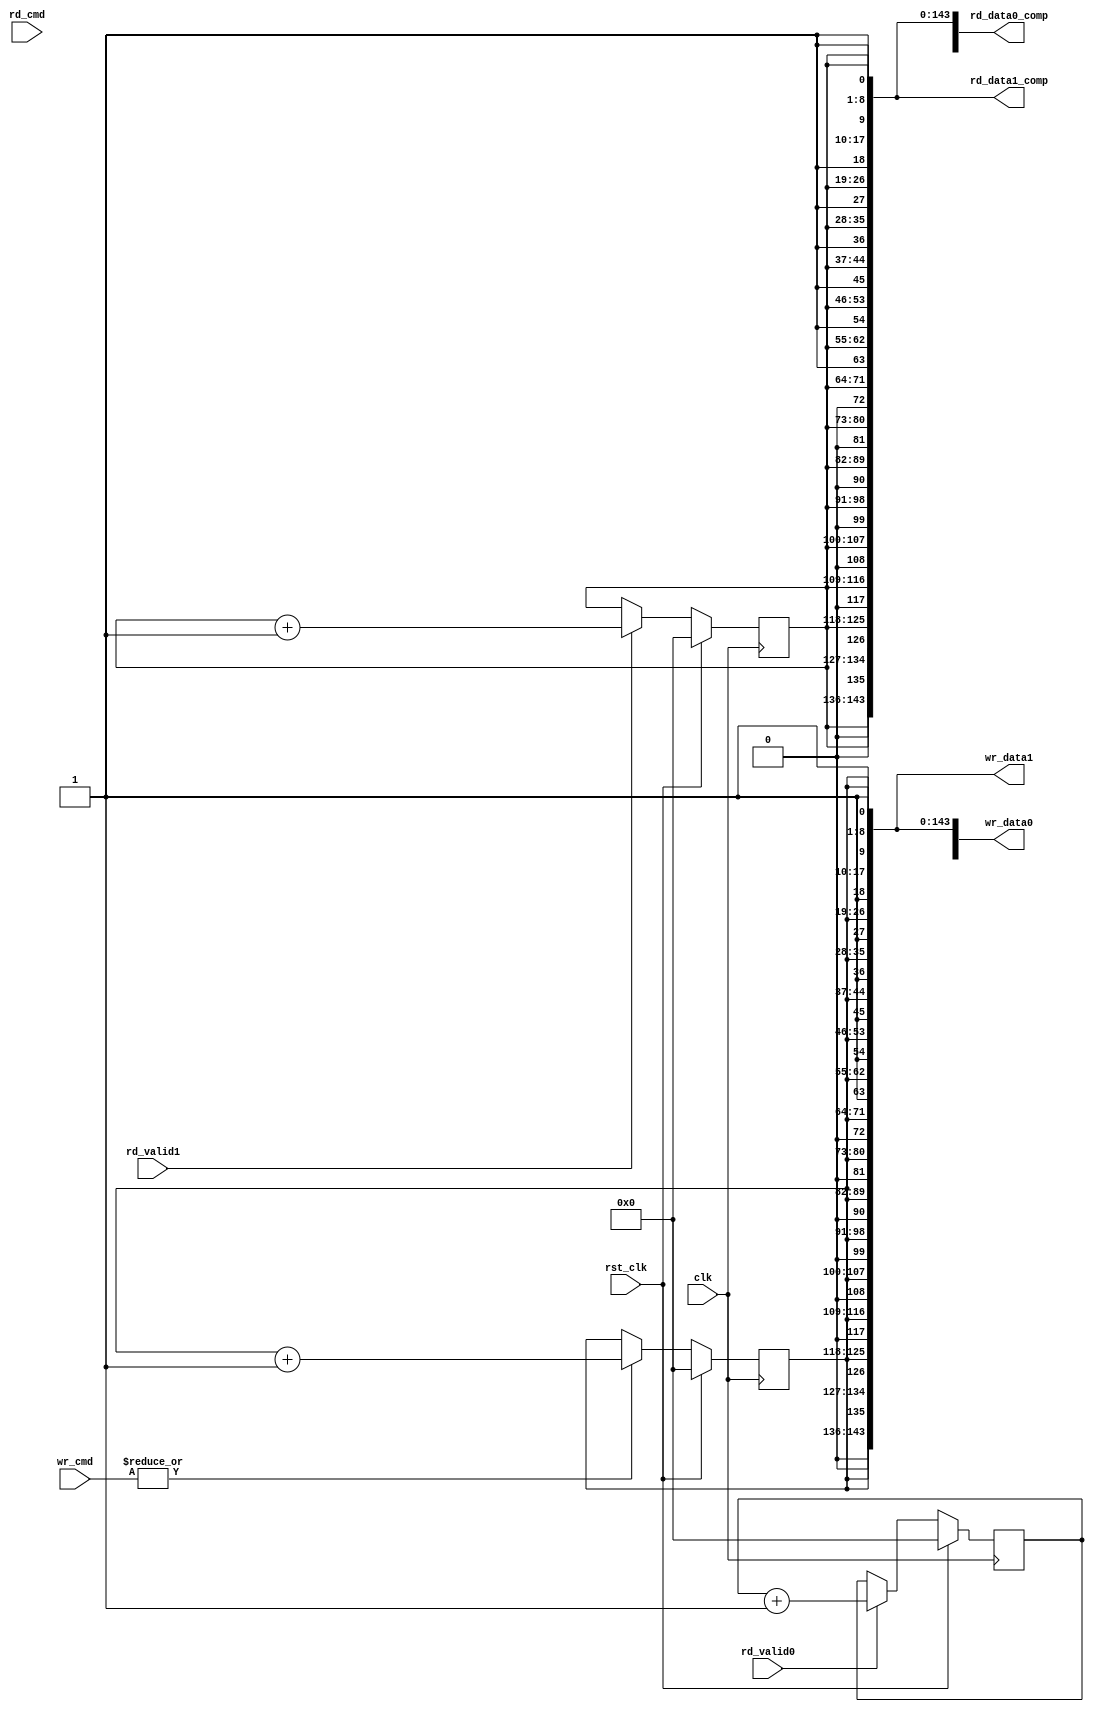
//*****************************************************************************
//(c) Copyright 2009 - 2010 Xilinx, Inc. All rights reserved.
//
// This file contains confidential and proprietary information
// of Xilinx, Inc. and is protected under U.S. and
// international copyright and other intellectual property
// laws.
//
// DISCLAIMER
// This disclaimer is not a license and does not grant any
// rights to the materials distributed herewith. Except as
// otherwise provided in a valid license issued to you by
// Xilinx, and to the maximum extent permitted by applicable
// law: (1) THESE MATERIALS ARE MADE AVAILABLE "AS IS" AND
// WITH ALL FAULTS, AND XILINX HEREBY DISCLAIMS ALL WARRANTIES
// AND CONDITIONS, EXPRESS, IMPLIED, OR STATUTORY, INCLUDING
// BUT NOT LIMITED TO WARRANTIES OF MERCHANTABILITY, NON-
// INFRINGEMENT, OR FITNESS FOR ANY PARTICULAR PURPOSE; and
// (2) Xilinx shall not be liable (whether in contract or tort,
// including negligence, or under any other theory of
// liability) for any loss or damage of any kind or nature
// related to, arising under or in connection with these
// materials, including for any direct, or any indirect,
// special, incidental, or consequential loss or damage
// (including loss of data, profits, goodwill, or any type of
// loss or damage suffered as a result of any action brought
// by a third party) even if such damage or loss was
// reasonably foreseeable or Xilinx had been advised of the
// possibility of the same.
//
// CRITICAL APPLICATIONS
// Xilinx products are not designed or intended to be fail-
// safe, or for use in any application requiring fail-safe
// performance, such as life-support or safety devices or
// systems, Class III medical devices, nuclear facilities,
// applications related to the deployment of airbags, or any
// other applications that could lead to death, personal
// injury, or severe property or environmental damage
// (individually and collectively, "Critical
// Applications"). Customer assumes the sole risk and
// liability of any use of Xilinx products in Critical
// Applications, subject only to applicable laws and
// regulations governing limitations on product liability.
//
// THIS COPYRIGHT NOTICE AND DISCLAIMER MUST BE RETAINED AS
// PART OF THIS FILE AT ALL TIMES.

////////////////////////////////////////////////////////////////////////////////
//   ____  ____
//  /   /\/   /
// /___/  \  /    Vendor             : Xilinx
// \   \   \/     Version            : 3.8
//  \   \         Application        : MIG
//  /   /         Filename           : tb_data_gen.v
// /___/   /\     Date Last Modified : $Date: 2011/05/27 15:51:52 $
// \   \  /  \    Date Created       : Nov 24, 2008
//  \___\/\___\
//
//Device: Virtex-6
//Design: QDRII+ /RLDRAM-II
//
//Purpose:
//    This module
//       1. generates test write data for the memory interface.
//
//Revision History:
//
////////////////////////////////////////////////////////////////////////////////


`timescale 1ps/1ps

module tb_data_gen #(
  parameter DATA_WIDTH = 72,            //Data Width
  parameter BW_WIDTH   = DATA_WIDTH/9,  //Byte Write Width
  parameter BURST_LEN  = 4,             //Burst Length
  parameter TCQ        = 100            //Register Delay
)
(
  //System Signals
  input                                 clk,
  input                                 rst_clk,

  //Read Path Interface
  input                                 rd_valid0,
  input                                 rd_valid1,

  //Write Path Interface
  output [(BURST_LEN*DATA_WIDTH)-1:0]   wr_data0,
  output [(DATA_WIDTH*2)-1:0]           wr_data1,

  //Example Test Bench Interface
  input  [1:0]                          wr_cmd,
  input  [1:0]                          rd_cmd,           
  output [(BURST_LEN*DATA_WIDTH)-1:0]   rd_data0_comp,
  output [(DATA_WIDTH*2)-1:0]           rd_data1_comp
);
   
  reg [7:0] cmp_data_counter0 = 0;
  reg [7:0] cmp_data_counter1 = 0;
  reg [7:0] wr_data_counter   = 0;

  reg  [DATA_WIDTH-1 :0] wr_data0_r;
  reg  [DATA_WIDTH-1 :0] wr_data1_r;
  reg  [DATA_WIDTH-1 :0] wr_data0_2r;
  reg  [DATA_WIDTH-1 :0] wr_data1_2r;

  wire [(DATA_WIDTH*2)-1 :0]  tmp_wr_data0;
  wire [(DATA_WIDTH*2)-1 :0]  tmp_rd_data0_comp;


  always @ (posedge clk)
    begin
      if (rst_clk) begin
        cmp_data_counter0 <=#TCQ 0;
        cmp_data_counter1 <=#TCQ 0;
      end else begin
        if (rd_valid0) 
          cmp_data_counter0 <=#TCQ cmp_data_counter0 + 1;
        if (rd_valid1)
          cmp_data_counter1 <=#TCQ cmp_data_counter1 + 1;
      end
    end

  assign rd_data0_comp = (BURST_LEN == 4) ? {tmp_rd_data0_comp, rd_data1_comp} : tmp_rd_data0_comp;
  assign tmp_rd_data0_comp = {{BW_WIDTH{cmp_data_counter0, 1'b1}}, {BW_WIDTH{cmp_data_counter0, 1'b0}}};
  assign rd_data1_comp = {{BW_WIDTH{cmp_data_counter1, 1'b0}}, {BW_WIDTH{cmp_data_counter1, 1'b1}}};
   
  always @ (posedge clk)
    begin
       if (rst_clk)
         wr_data_counter <=#TCQ 0;
       else if (|wr_cmd)
         wr_data_counter <=#TCQ wr_data_counter + 1;
    end

  assign wr_data0 = (BURST_LEN == 4) ? {tmp_wr_data0, wr_data1} : tmp_wr_data0;
  assign tmp_wr_data0 = {{BW_WIDTH{wr_data_counter, 1'b1}}, {BW_WIDTH{wr_data_counter, 1'b0}}};
  assign wr_data1 = {{BW_WIDTH{wr_data_counter, 1'b0}}, {BW_WIDTH{wr_data_counter, 1'b1}}};

endmodule